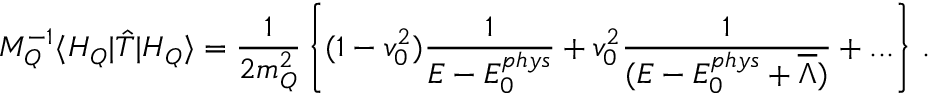
M _ { Q } ^ { - 1 } \langle H _ { Q } | { \hat { T } } | H _ { Q } \rangle = \frac { 1 } { 2 m _ { Q } ^ { 2 } } \left\{ ( 1 - v _ { 0 } ^ { 2 } ) \frac { 1 } { E - E _ { 0 } ^ { p h y s } } + v _ { 0 } ^ { 2 } \frac { 1 } { ( E - E _ { 0 } ^ { p h y s } + \overline { { { \Lambda } } } ) } + . . . \right\} \, .